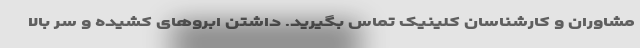
مشاوران و کارشناسان کلینیک تماس بگیرید. داشتن ابروهای کشیده و سر بالا